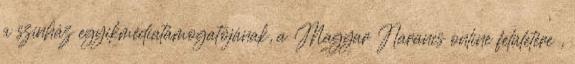
a színház egyikmédiatámogatójának, a Magyar Narancs online felületére ,